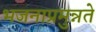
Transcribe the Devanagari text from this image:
भजनाप्रमुन्नते